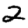
Digit: 2